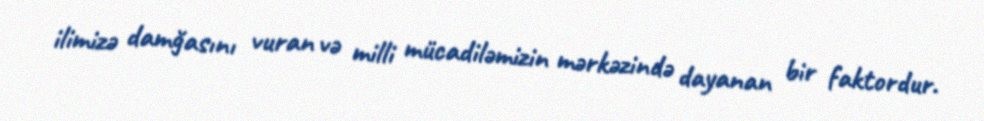
ilimizə damğasını vuran və milli mücadiləmizin mərkəzində dayanan bir faktordur.